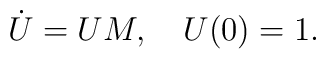
\dot{U}=UM,{\quad} U(0)=1.